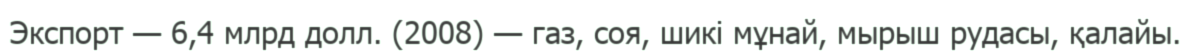
Экспорт — 6,4 млрд долл. (2008) — газ, соя, шикі мұнай, мырыш рудасы, қалайы.